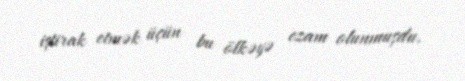
iştirak etmək üçün bu ölkəyə ezam olunmuşdu.